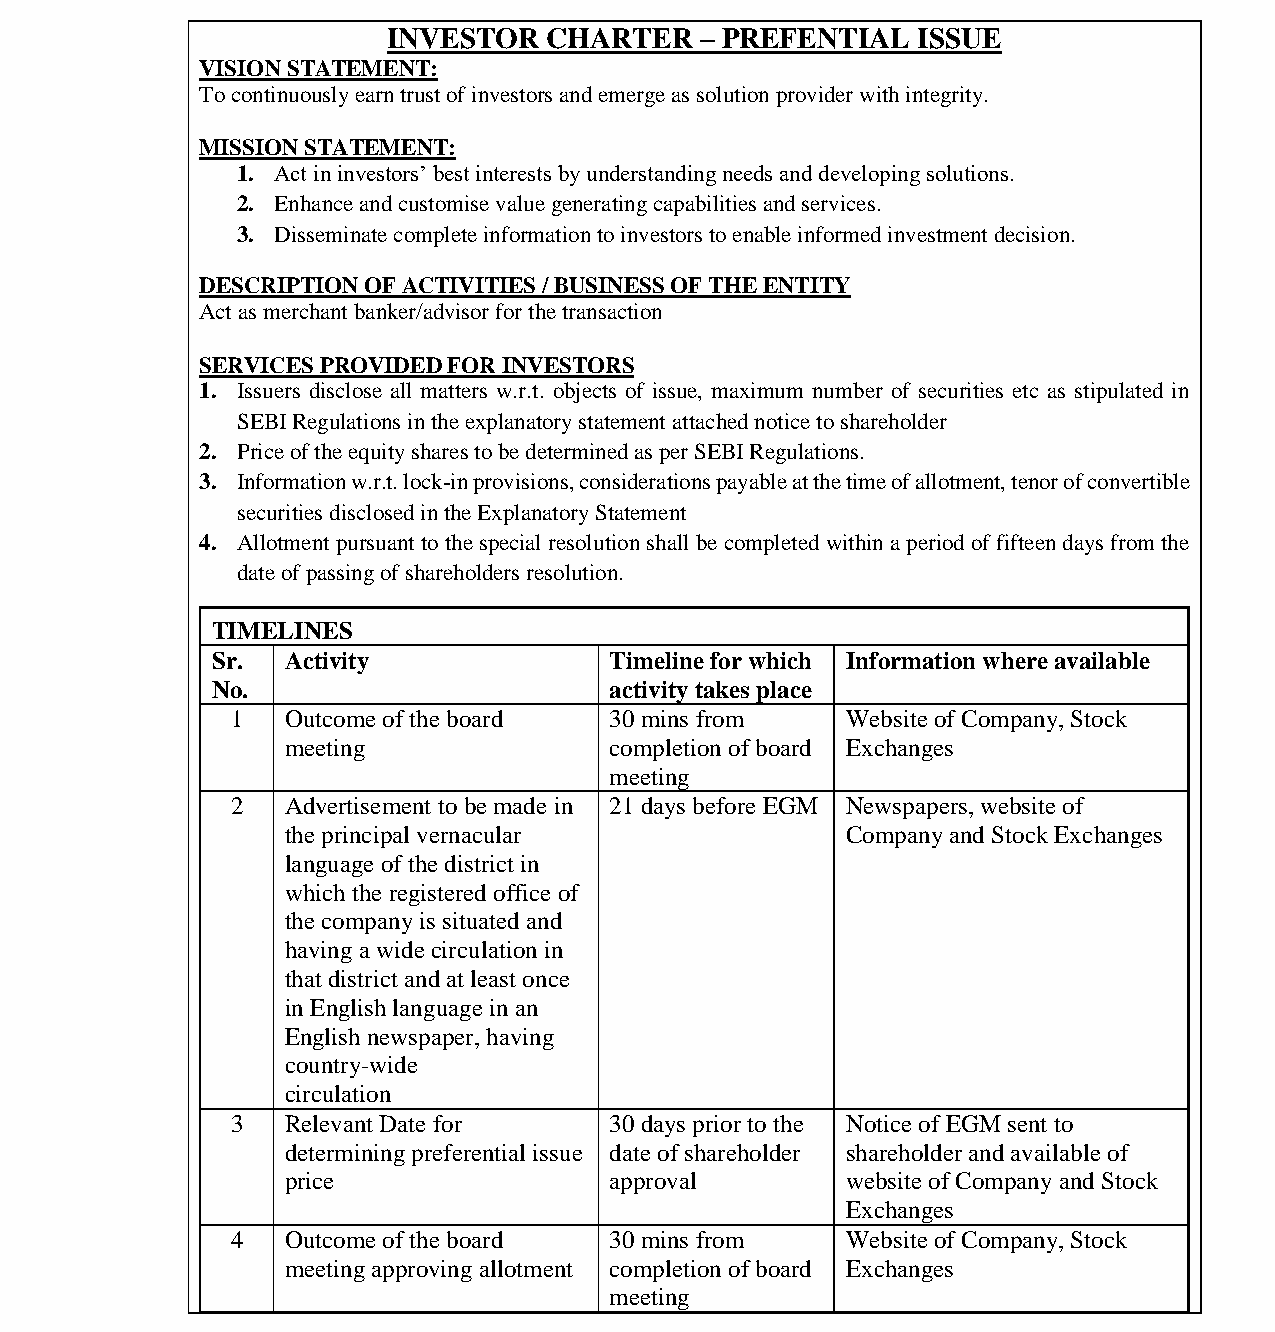
भारतीयप्रततभूततऔरवितिमयबोर्ड
 Securities and Exchange Board of India
 INVESTOR  CHARTER   – PREFENTIAL   ISSUE
 VISION STATEMENT:
 To continuously earn trust of investors and emerge as solution provider with integrity.
 MISSION STATEMENT:
 1. Act in investors’ best interests by understanding needs and developing solutions.
 2. Enhance and customise value generating capabilities and services.
 3. Disseminate complete information to investors to enable informed investment decision.
 DESCRIPTION OF ACTIVITIES / BUSINESS OF THE ENTITY
 Act as merchant banker/advisor for the transaction
 SERVICES PROVIDED FOR INVESTORS
 1. Issuers disclose all matters w.r.t. objects of issue, maximum number of securities etc as stipulated in
 SEBI Regulations in the explanatory statement attached notice to shareholder
 2. Price of the equity shares to be determined as per SEBI Regulations.
 3. Information w.r.t. lock-in provisions, considerations payable at the time of allotment, tenor of convertible
 securities disclosed in the Explanatory Statement
 4. Allotment pursuant to the special resolution shall be completed within a period of fifteen days from the
 date of passing of shareholders resolution.
 TIMELINES
 Sr.  Activity             Timeline for which Information where available
 No.                       activity takes place
 1   Outcome of the board 30 mins from    Website of Company, Stock
 meeting              completion of board Exchanges
 meeting
 2   Advertisement to be made in 21 days before EGM Newspapers, website of
 the principal vernacular             Company and Stock Exchanges
 language of the district in
 which the registered office of
 the company is situated and
 having a wide circulation in
 that district and at least once
 in English language in an
 English newspaper, having
 country-wide
 circulation
 3   Relevant Date for    30 days prior to the Notice of EGM sent to
 determining preferential issue date of shareholder shareholder and available of
 price                approval        website of Company and Stock
 Exchanges
 4   Outcome of the board 30 mins from    Website of Company, Stock
 meeting approving allotment completion of board Exchanges
 meeting
 Page 25 of 52